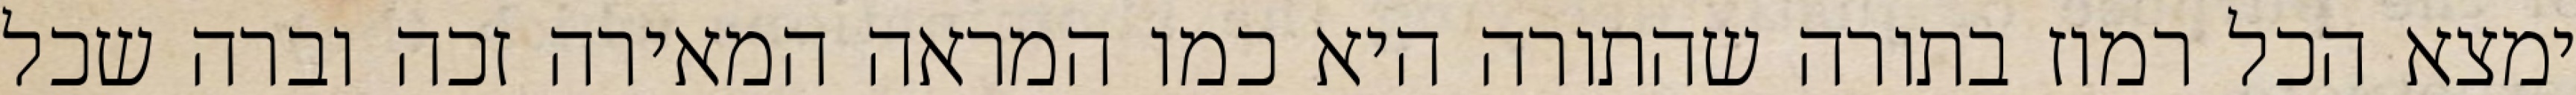
ימצא הכל רמוז בתורה שהתורה היא כמו המראה המאירה זכה וברה שכל